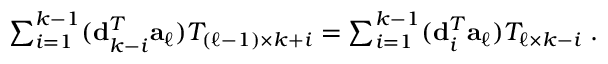
\begin{array} { r } { \sum _ { i = 1 } ^ { k - 1 } ( { \bf d } _ { k - i } ^ { T } { \bf a } _ { \ell } ) T _ { ( { \ell - 1 } ) \times k + i } = \sum _ { i = 1 } ^ { k - 1 } ( { \bf d } _ { i } ^ { T } { \bf a } _ { \ell } ) T _ { \ell \times k - i } \; . } \end{array}